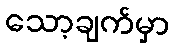
သော့ချက်မှာ